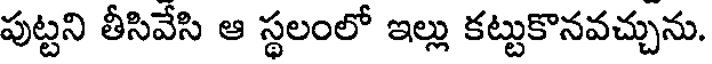
పుట్టని తీసివేసి ఆ స్థలంలో ఇల్లు కట్టుకొనవచ్చును.